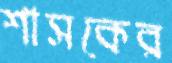
শাসকের